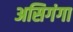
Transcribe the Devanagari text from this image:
असिगंगा